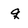
Character: q